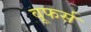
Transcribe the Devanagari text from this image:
वूफर्स